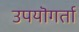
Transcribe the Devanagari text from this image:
उपयॊगर्ता